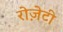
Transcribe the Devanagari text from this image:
रोज़ेटी